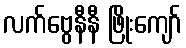
လက်ဗွေနီနီ ဖြိုးကျော်